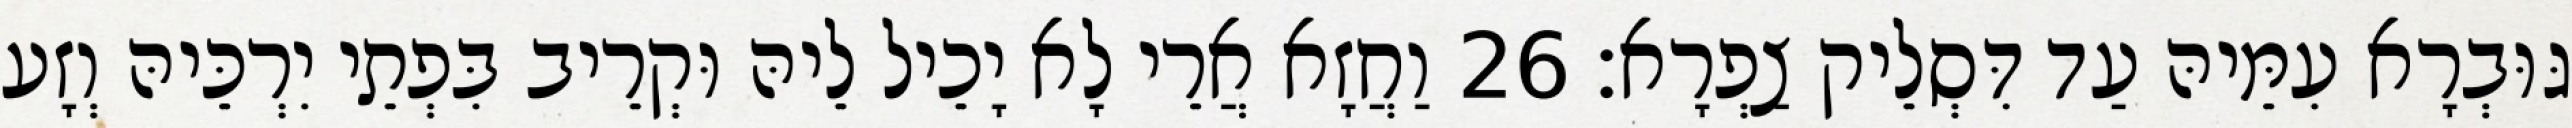
גּוּבְרָא עִמֵּיהּ עַד דִּסְלֵיק צַפְרָא׃ 26 וַחֲזָא אֲרֵי לָא יָכֵיל לֵיהּ וּקְרֵיב בִּפְתֵי יִרְכֵּיהּ וְזָע